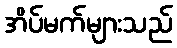
အိပ်မက်များသည်